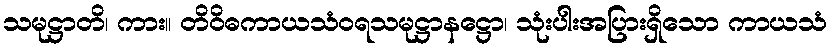
သမုဋ္ဌာတိ၊ ကား။ တိဝိဓကာယသံဝရသမုဋ္ဌာနဋ္ဌော၊ သုံးပါးအပြားရှိသော ကာယသံ